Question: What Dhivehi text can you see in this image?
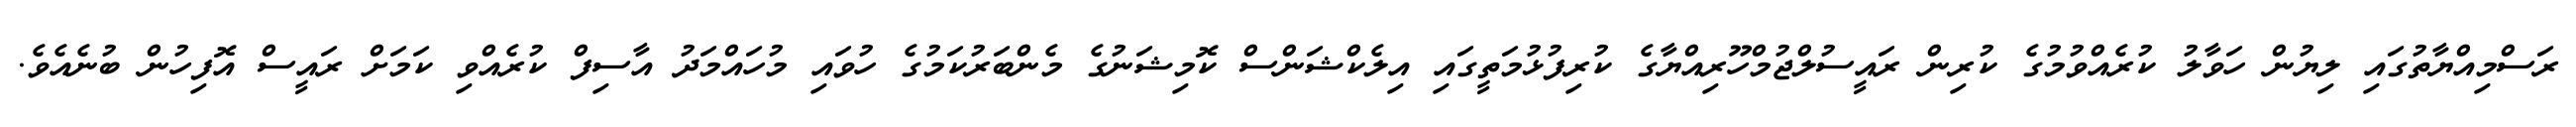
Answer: ރަސްމިއްޔާތުގައި ލިޔުން ހަވާލު ކުރެއްވުމުގެ ކުރިން ރައީސުލްޖުމްހޫރިއްޔާގެ ކުރިފުޅުމަތީގައި އިލެކްޝަންސް ކޮމިޝަނުގެ މެންބަރުކަމުގެ ހުވައި މުހައްމަދު އާސިފް ކުރެއްވި ކަމަށް ރައީސް އޮފިހުން ބުނެއެވެ.